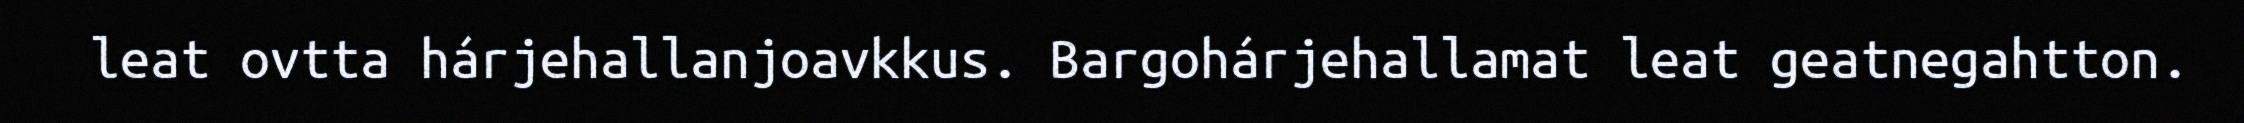
leat ovtta hárjehallanjoavkkus. Bargohárjehallamat leat geatnegahtton.